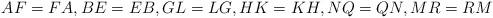
LaTeX: \begin{align*}AF=FA,BE=EB,GL=LG,HK=KH,NQ=QN,MR=RM\end{align*}